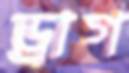
ড্রাগ